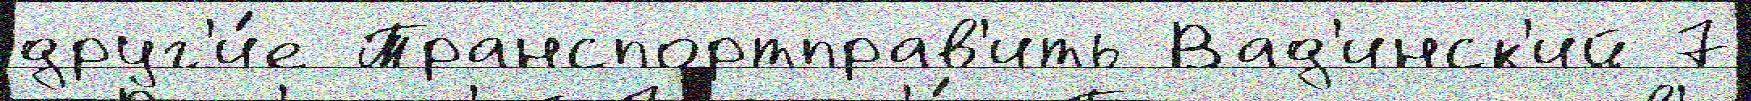
друг'и́е Транспортправ'ить Вад'инск'ий 7